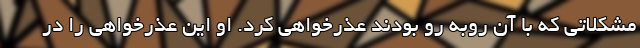
مشکلاتی که با آن روبه رو بودند عذرخواهی کرد. او این عذرخواهی را در